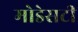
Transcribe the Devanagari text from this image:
मोडेसटी